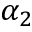
\alpha _ { 2 }